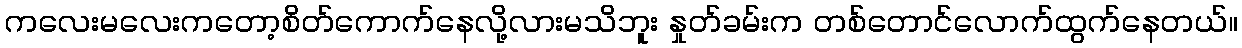
ကလေးမလေးကတော့စိတ်ကောက်နေလို့လားမသိဘူး နှုတ်ခမ်းက တစ်တောင်လောက်ထွက်နေတယ်။